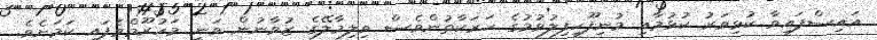
އައިސްފައިވާ ކުޅިވަރު ކުޅުމާއި މުނިފޫހިފިލުވުމުގެ ހަރަކާތުންވެސް ވިލިމާލޭގެ ޒުވާނުން ވަނީ މަހުރޫމްވެފައި ކަމަށެވެ.